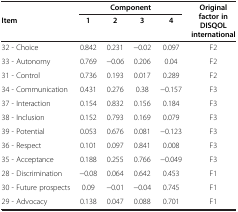
<table><thead><tr><td rowspan="2"><b>Item</b></td><td colspan="4"><b>Component</b></td><td rowspan="2"><b>Original factor in DISQOL international</b></td></tr><tr><td><b>1</b></td><td><b>2</b></td><td><b>3</b></td><td><b>4</b></td></tr></thead><tbody><tr><td>32 - Choice</td><td><b>0.842</b></td><td>0.231</td><td>−0.02</td><td>0.097</td><td>F2</td></tr><tr><td>33 - Autonomy</td><td><b>0.769</b></td><td>−0.06</td><td>0.206</td><td>0.04</td><td>F2</td></tr><tr><td>31 - Control</td><td><b>0.736</b></td><td>0.193</td><td>0.017</td><td>0.289</td><td>F2</td></tr><tr><td>34 - Communication</td><td><b>0.431</b></td><td>0.276</td><td>0.38</td><td>−0.157</td><td>F3</td></tr><tr><td>37 - Interaction</td><td>0.154</td><td><b>0.832</b></td><td>0.156</td><td>0.184</td><td>F3</td></tr><tr><td>38 - Inclusion</td><td>0.152</td><td><b>0.793</b></td><td>0.169</td><td>0.079</td><td>F3</td></tr><tr><td>39 - Potential</td><td>0.053</td><td><b>0.676</b></td><td>0.081</td><td>−0.123</td><td>F3</td></tr><tr><td>36 - Respect</td><td>0.101</td><td>0.097</td><td><b>0.841</b></td><td>0.008</td><td>F3</td></tr><tr><td>35 - Acceptance</td><td>0.188</td><td>0.255</td><td><b>0.766</b></td><td>−0.049</td><td>F3</td></tr><tr><td>28 - Discrimination</td><td>−0.08</td><td>0.064</td><td><b>0.642</b></td><td>0.453</td><td>F1</td></tr><tr><td>30 - Future prospects</td><td>0.09</td><td>−0.01</td><td>−0.04</td><td><b>0.745</b></td><td>F1</td></tr><tr><td>29 - Advocacy</td><td>0.138</td><td>0.047</td><td>0.088</td><td><b>0.701</b></td><td>F1</td></tr></tbody></table>